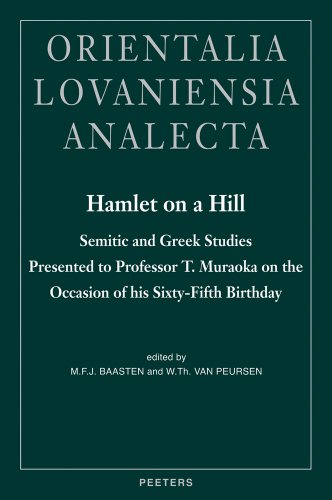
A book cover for Hamlet on a Hill Semitic and Greek Studies Presented to Professor T. Muraoka on the Occasion of his Sixty-Fifth Birthday (Orientalia Lovaniensia Analecta); MFJ Baasten; Reference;